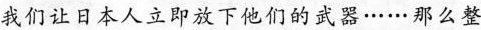
我们让日本人立即放下他们的武器……那么整